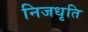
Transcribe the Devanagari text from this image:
निजधृति